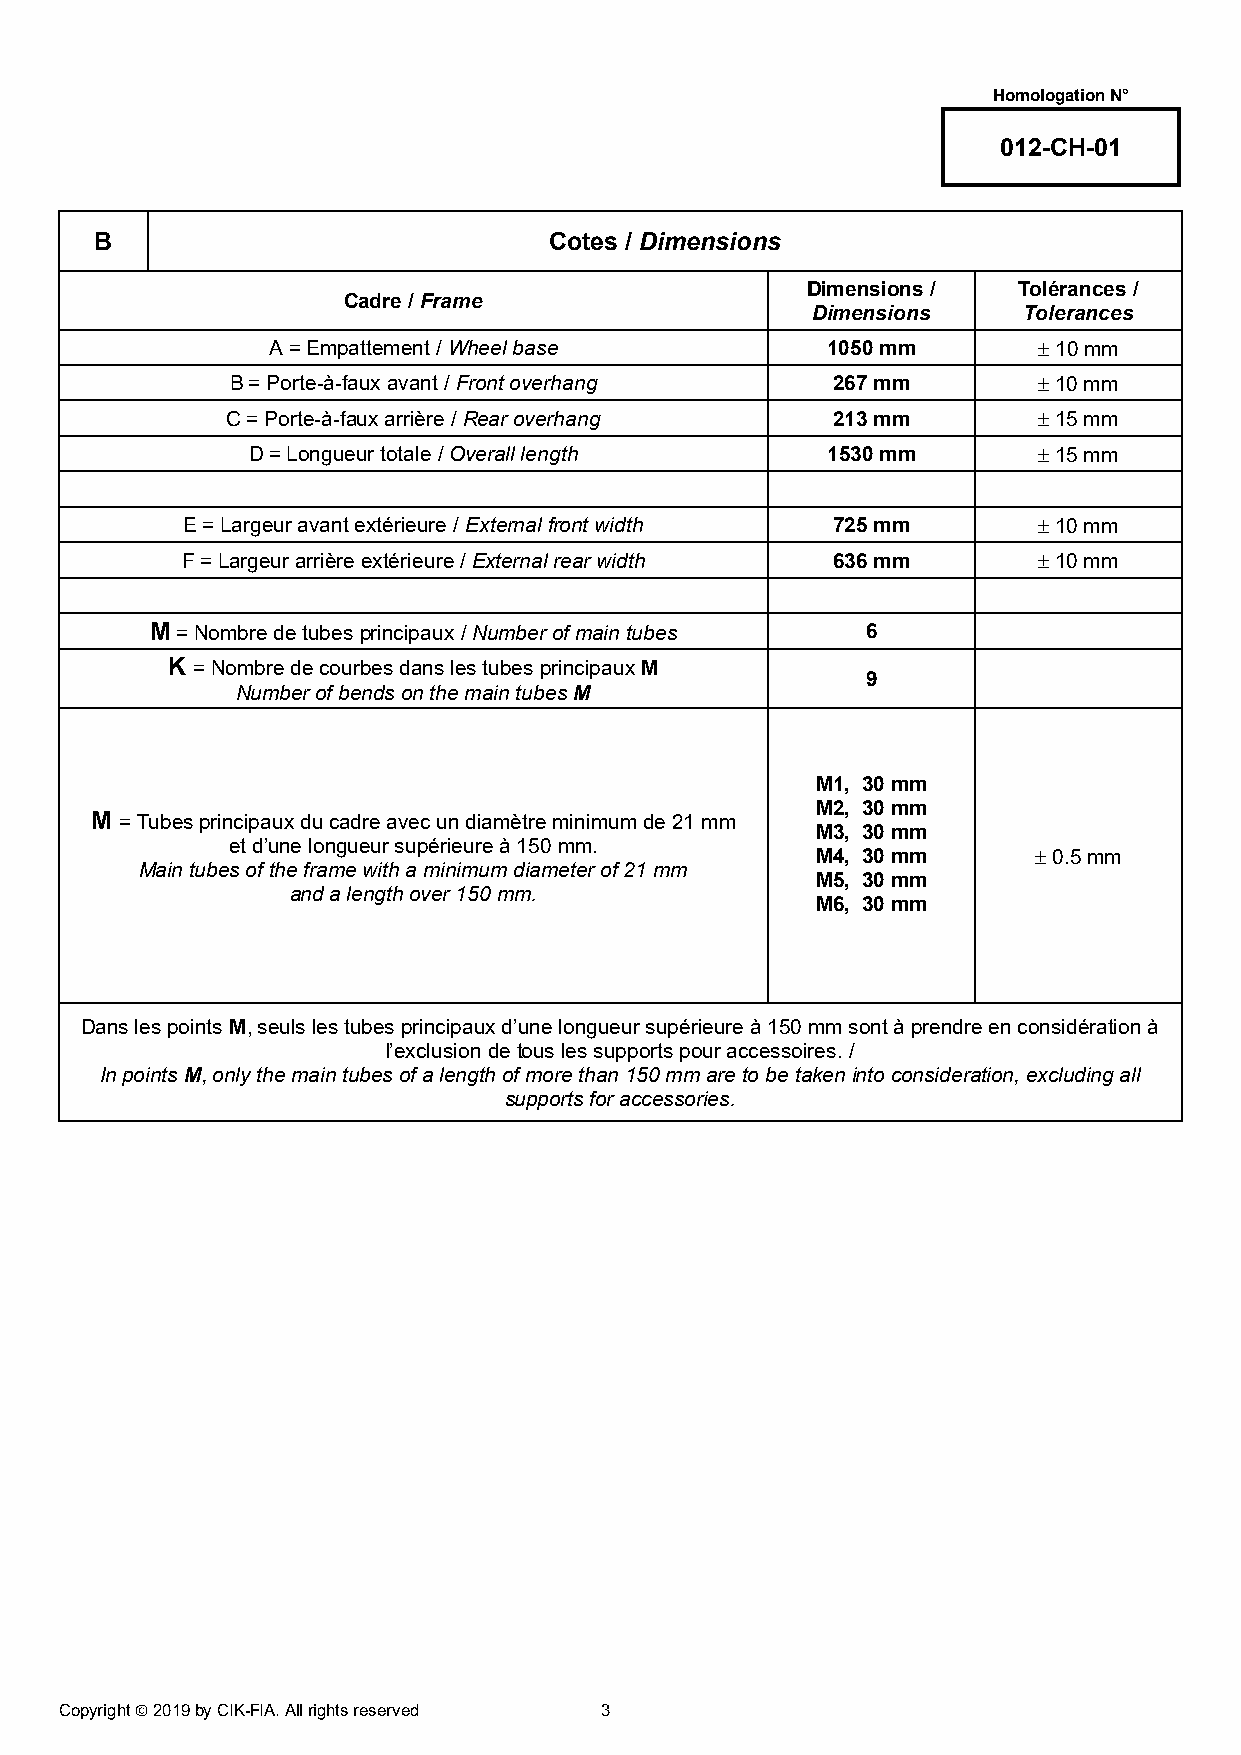
Homologation N°
 012-CH-01
 B                             Cotes / Dimensions
 Dimensions /  Tolérances /
 Cadre / Frame
 Dimensions    Tolerances
 A = Empattement / Wheel base         1050 mm       ± 10 mm
 B = Porte-à-faux avant / Front overhang 267 mm        ± 10 mm
 C = Porte-à-faux arrière / Rear overhang 213 mm       ± 15 mm
 D = Longueur totale / Overall length   1530 mm       ± 15 mm
 E = Largeur avant extérieure / External front width 725 mm ± 10 mm
 F = Largeur arrière extérieure / External rear width 636 mm ± 10 mm
 M = Nombre de tubes principaux / Number of main tubes 6
 K = Nombre de courbes dans les tubes principaux M
 9
 Number of bends on the main tubes M
 M1, 30 mm
 M2, 30 mm
 M = Tubes principaux du cadre avec un diamètre minimum de 21 mm
 M3, 30 mm
 et d’une longueur supérieure à 150 mm.
 M4, 30 mm     ± 0.5 mm
 Main tubes of the frame with a minimum diameter of 21 mm
 M5, 30 mm
 and a length over 150 mm.
 M6, 30 mm
 Dans les points M, seuls les tubes principaux d’une longueur supérieure à 150 mm sont à prendre en considération à
 l’exclusion de tous les supports pour accessoires. /
 In points M, only the main tubes of a length of more than 150 mm are to be taken into consideration, excluding all
 supports for accessories.
 Copyright  2019 by CIK-FIA. All rights reserved 3